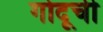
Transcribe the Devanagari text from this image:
गोदूची